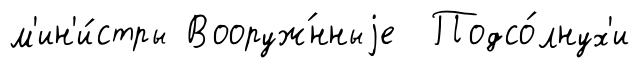
м'ин'и́стры Вооруж́нныjе Подсо́лнух'и